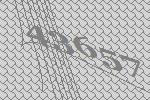
43657